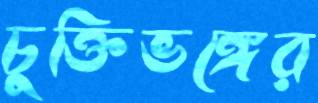
চুক্তিভঙ্গের